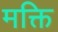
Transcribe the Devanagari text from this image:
मक्ति